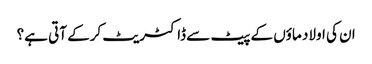
ان کی اولاد ماؤں کے پیٹ سے ڈاکٹریٹ کرکے آتی ہے؟